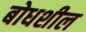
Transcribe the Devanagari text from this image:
बोधशील